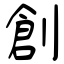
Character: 創